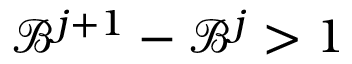
\mathcal { B } ^ { j + 1 } - \mathcal { B } ^ { j } > 1